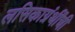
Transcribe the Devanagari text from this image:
लसिकाग्रंथींची